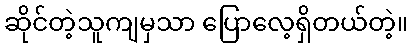
ဆိုင်တဲ့သူကျမှသာ ပြောလေ့ရှိတယ်တဲ့။